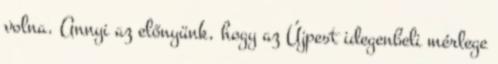
volna. Annyi az előnyünk, hogy az Újpest idegenbeli mérlege